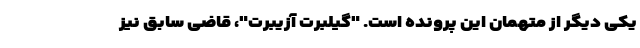
یکی دیگر از متهمان این پرونده است. "گیلبرت آزیبرت"، قاضی سابق نیز